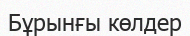
Бұрынғы көлдер